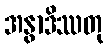
အနွာဒိဿတု